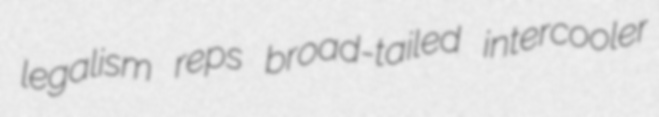
legalism reps broad-tailed intercooler